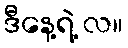
ဒီနေ့ရဲ့ လ။